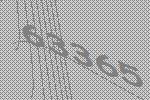
63365